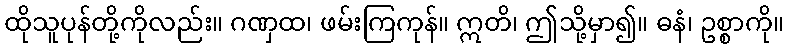
ထိုသူပုန်တို့ကိုလည်း။ ဂဏှထ၊ ဖမ်းကြကုန်။ ဣတိ၊ ဤသို့မှာ၍။ ဓနံ၊ ဥစ္စာကို။